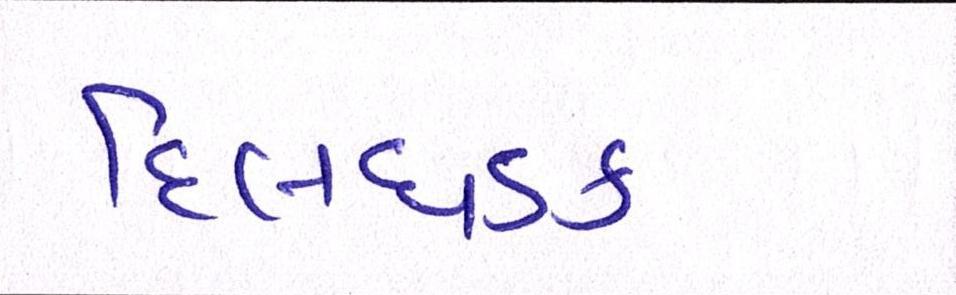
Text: દિલધડક